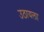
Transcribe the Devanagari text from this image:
उठायला